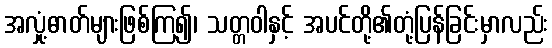
အလှုံ့ဓာတ်များဖြစ်ကြ၍၊ သတ္တဝါနှင့် အပင်တို့၏တုံ့ပြန်ခြင်းမှာလည်း